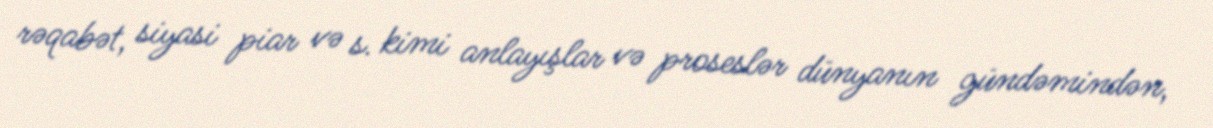
rəqabət, siyasi piar və s. kimi anlayışlar və proseslər dünyanın gündəmindən,